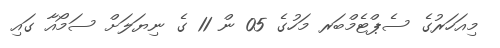
މިއަހަރުގެ ސެޕްޓެމްބަރ މަހުގެ 05 ން 11 ގެ ނިޔަލަށް ސަމޯއާ ގައި